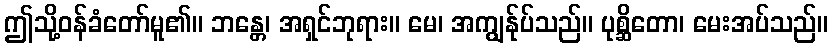
ဤသို့ဝန်ခံတော်မူ၏။ ဘန္တေ၊ အရှင်ဘုရား။ မေ၊ အကျွန်ုပ်သည်။ ပုစ္ဆိတော၊ မေးအပ်သည်။